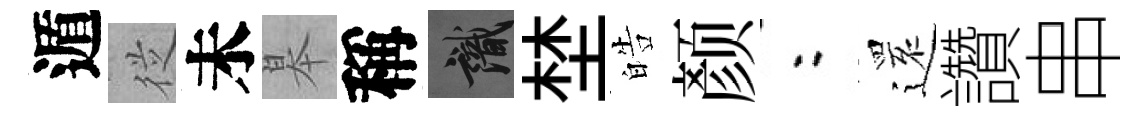
遁従未皋稱識埜皓颜欸𮟃讚串